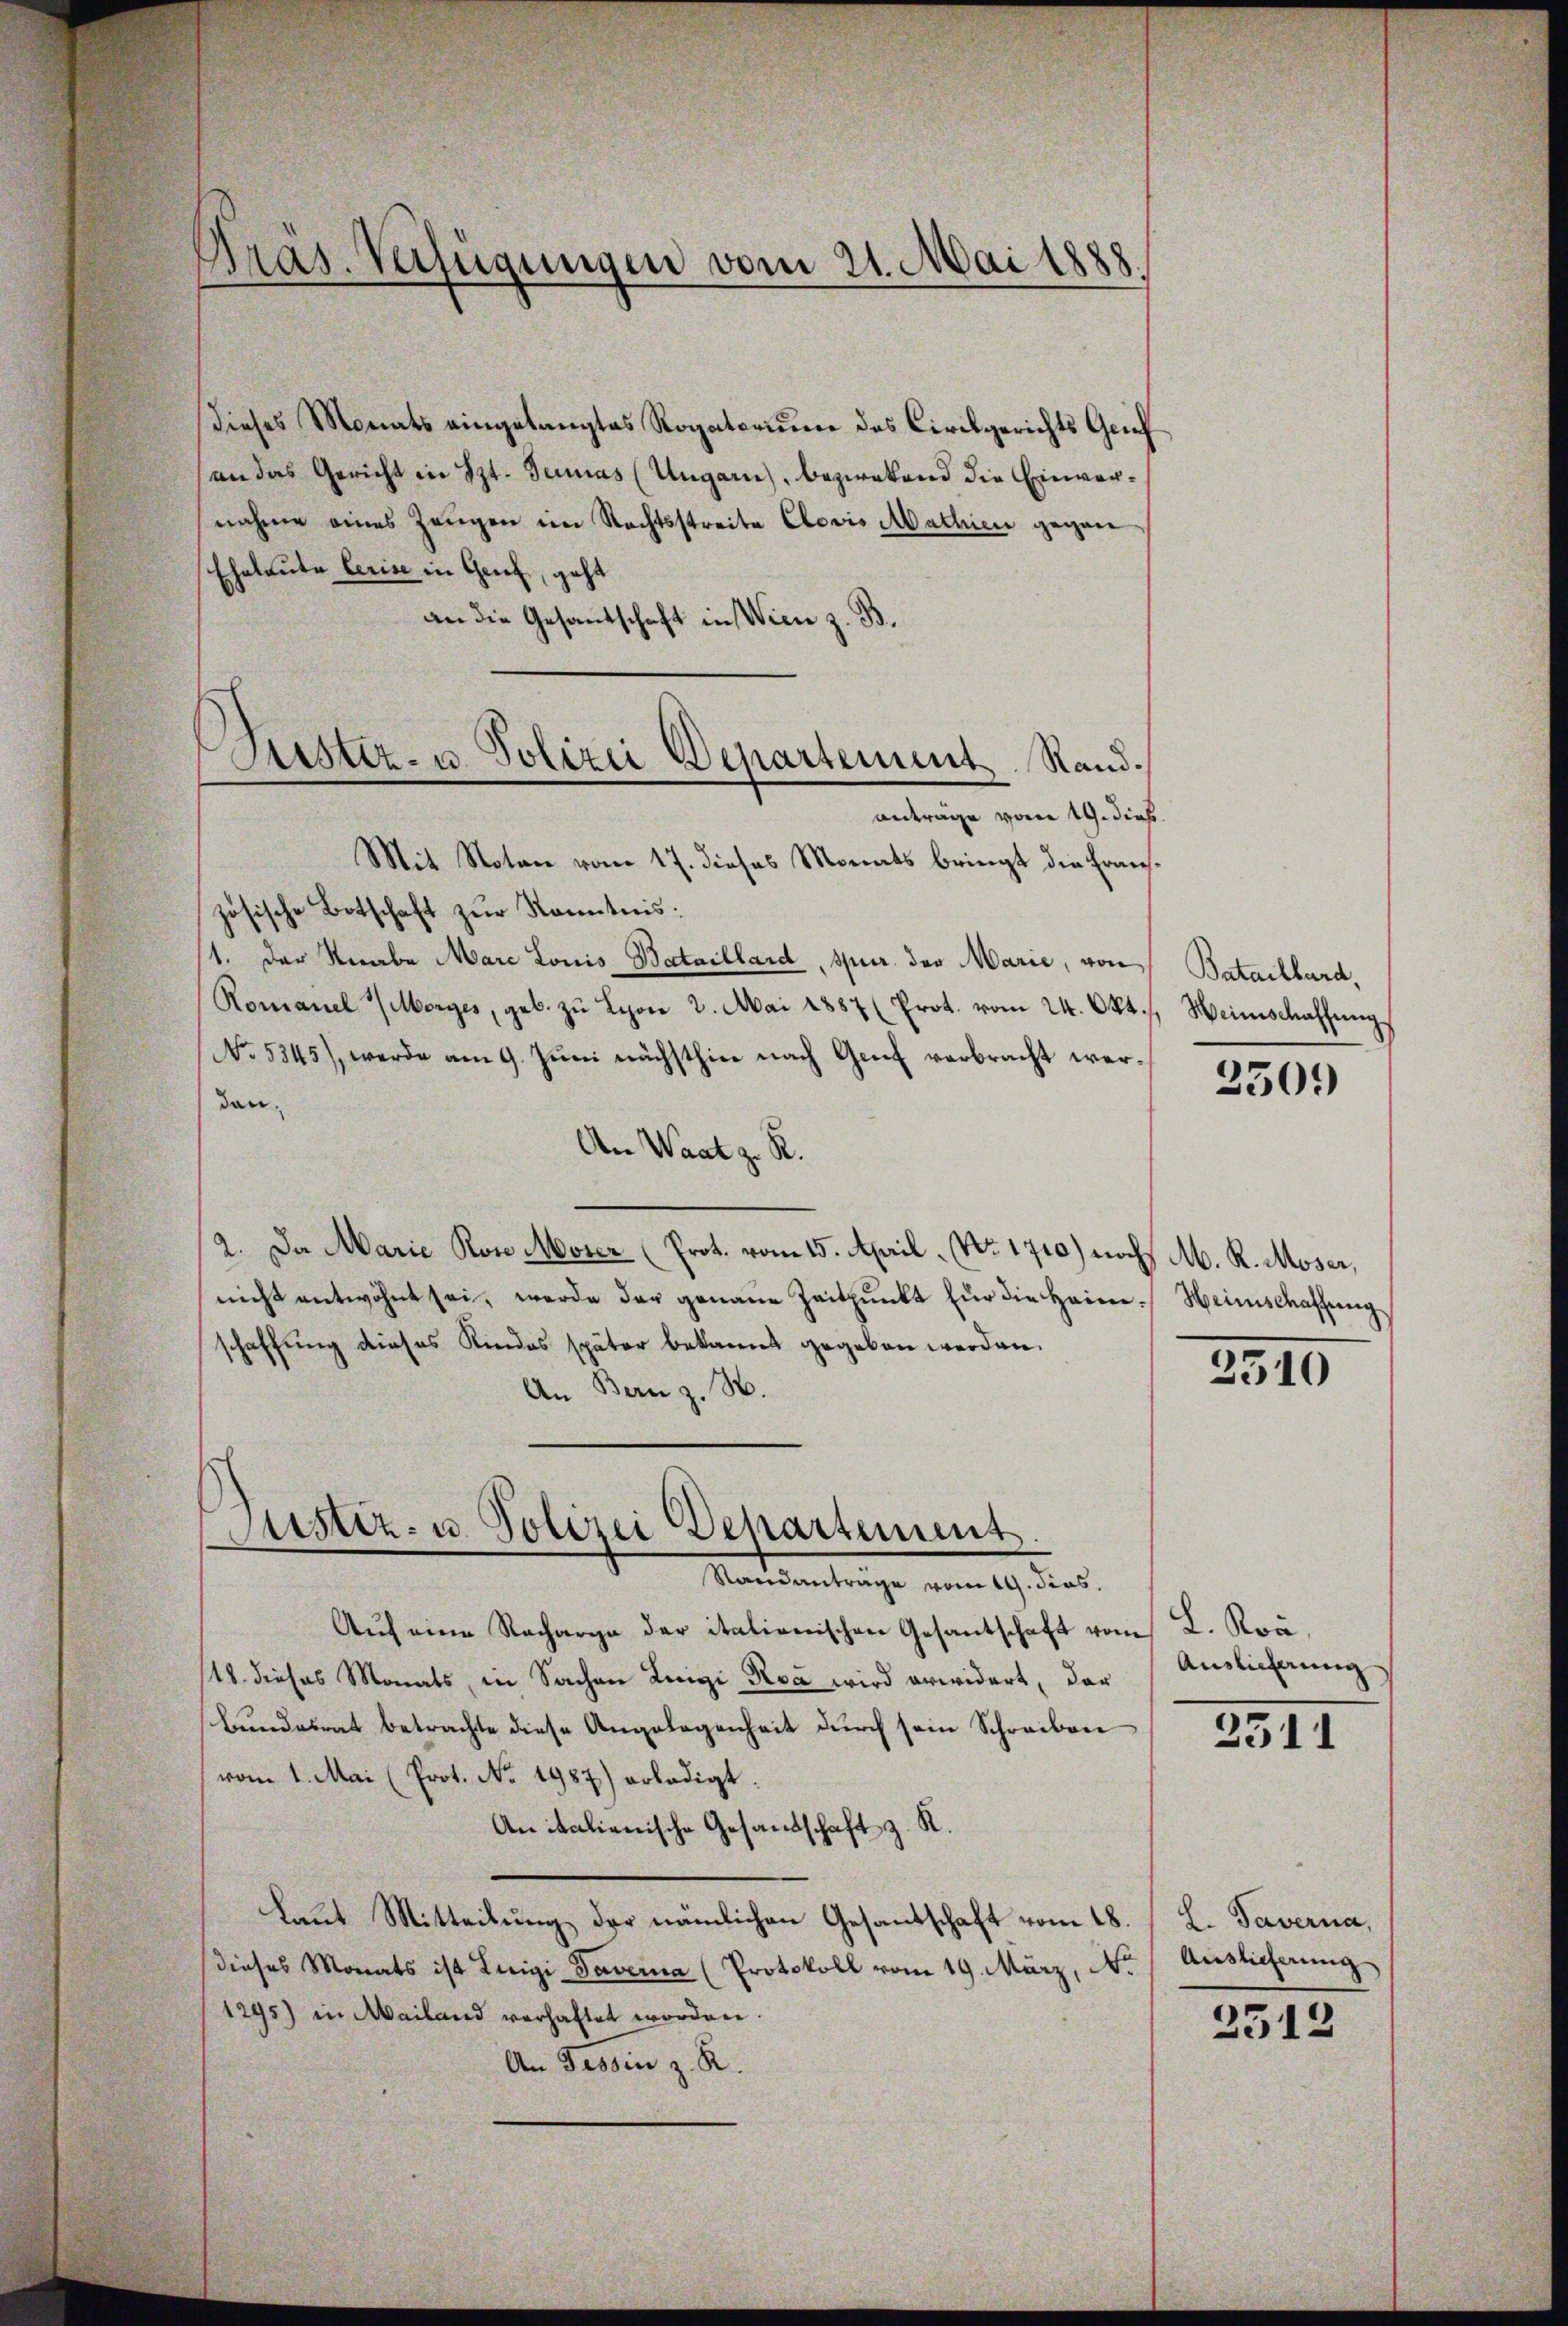
Präs. Verfügungen vom 21. Mai 1888.
.

dieses Monats eingelangtes Rogatoriŭm des Civilgerichts Grief
an das Gericht in St. Jenas (Ungarn, bezwekend die Einvernahme eines Zeugen im Rechtsstreite Clavis Mathier gegen
Eheleute leise in Gries, geht
an die Gesandschaft in Wien z. B.
Mit Noten vom 17. dieses Monats bringt die Frauszösische Botschaft zur Kenntnis:
/1. Der Knabe Marc Louis Bataillard, spur. das Marie, von
Romanel (Morges, geb. zŭ Lyon 2. Mai 1887 (Prot. vom 24. Okt. Weinschaffŭng.
No 5245), werde am 9. Jŭni nächsthier nach Genf verbracht werden.
An Waat z. R.
2. Da Marie Rose Moser (Prot. vom 15. April, No. 1710) noch M. R. Moser,
nicht entwöhnt sei, werde der genaue Zeitpunkt für die Heim. Heimschaffung
schaffung dieses Kindes später bekannt gegeben werden.
An Bern z. B.
Justiz- u. Polizei Departemens

Lister- u. Polizei Departement Rand.
antrage voren 19. dies

Namentrage vom 19. dies

Aŭf eine Recharge der italienischen Gesantschaft vom 2. Koa,
18. dieses Monats, in Sachen Luigi Roa wird erwidert, der
Bundesrat betrachte diese Angelegenheit durch sein Schreiben
vom 1. Mai (Prot. No. 1987) erledigt.
Anitalienische Gesandtschaft z. R.
Laut Mitteilung der nämlichen Gesantschaft vom 18.
(dieses Monats ist Luigi Taverna (Protokoll vom 19. März, No.
1295) in Mailand verhaftet worden.
An Tessin z. R.

Batailbard,

2509

2510

Auslicherung

3511

L. Taverna,
Auslieferung

2513